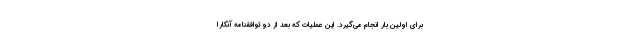
برای اولین بار انجام می‌گیرد. این عملیات که بعد از دو توافقنامه آنکارا